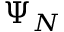
\Psi _ { N }